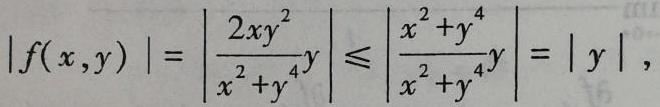
\[
|f(x,y)| = \left| \frac{2xy^{2}}{x^{2}+y^{4}}y \right| \leqslant \left| \frac{x^{2}+y^{4}}{x^{2}+y^{4}}y \right| = |y|,
\]